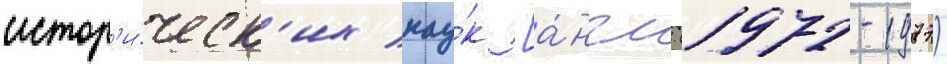
истор'и́ческ'их нау́к [а́нгл. (1972-1977)